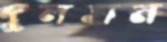
দুলহান